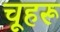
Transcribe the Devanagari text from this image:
चूहरू